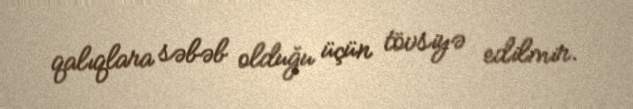
qalıqlara səbəb olduğu üçün tövsiyə edilmir.